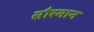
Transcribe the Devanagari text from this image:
सौरमान